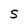
Character: S